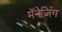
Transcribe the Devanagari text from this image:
मॅनेजिंग